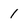
Character: 1